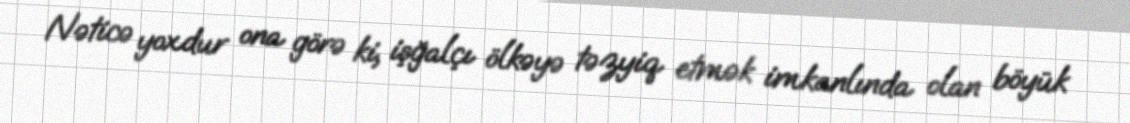
Nəticə yoxdur ona görə ki, işğalçı ölkəyə təzyiq etmək imkanlında olan böyük